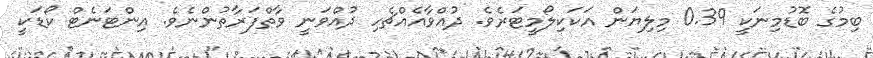
ބިމުގެ ބޮޑުމިނަކީ 0.39 މިލިޔަން އަކަކިލޯމީޓަރެވެ. ދުއްވާއެއްޗެހި ދުއްވަނީ ވާތްފަރާތުންނެވެ. އިންޓަނެޓް ކޯޑަކީ